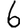
Digit: 6